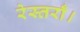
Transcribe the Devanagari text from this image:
रेस्तराँ।